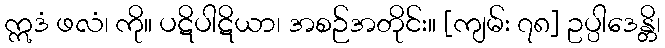
ဣဒံ ဖလံ၊ ကို။ ပဋိပါဋိယာ၊ အစဉ်အတိုင်း။ [ကျမ်း ၇၈] ဥပ္ပါဒေန္တိ၊